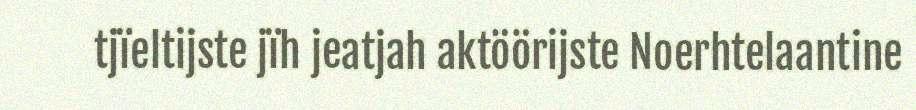
tjïeltijste jïh jeatjah aktöörijste Noerhtelaantine